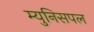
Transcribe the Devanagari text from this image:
म्युनिसपल